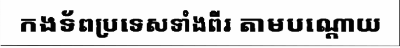
កងទ័ពប្រទេសទាំងពីរ តាមបណ្តោយ